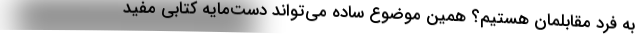
به فرد مقابلمان هستیم؟ همین موضوع ساده می‌تواند دست‌مایه کتابی مفید